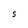
Character: S